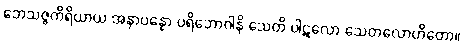
ဘေသဇ္ဇကိရိယာယ အနာပန္နော ပရိဘောဂါနိ သေတိ ပါဋလော သေတလောဟိတော။